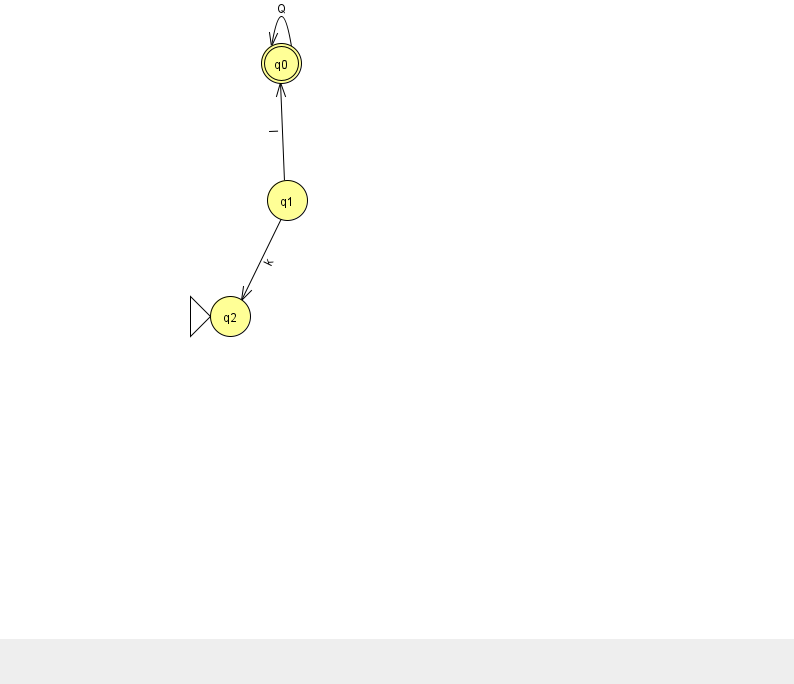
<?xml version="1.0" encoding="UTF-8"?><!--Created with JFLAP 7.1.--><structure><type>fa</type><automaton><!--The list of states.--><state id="0" name="q0"><x>281.0</x><y>50.0</y><final/></state><state id="1" name="q1"><x>287.0</x><y>187.0</y></state><state id="2" name="q2"><x>230.0</x><y>303.0</y><initial/></state><!--The list of transitions.--><transition><from>0</from><to>0</to><read>Q</read></transition><transition><from>1</from><to>0</to><read>I</read></transition><transition><from>1</from><to>2</to><read>k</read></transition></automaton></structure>